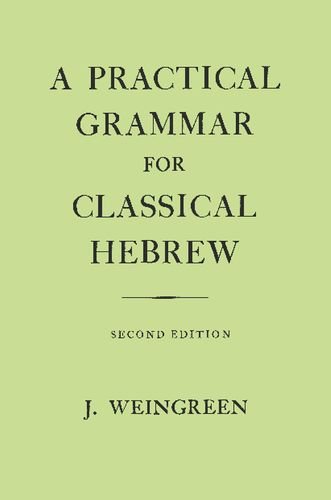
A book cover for A Practical Grammar for Classical Hebrew, 2nd Edition (English and Hebrew Edition); J. Weingreen; Christian Books & Bibles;